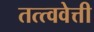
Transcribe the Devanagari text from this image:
तत्त्ववेत्ती